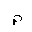
Letter: _mim